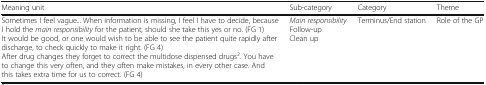
<table><thead><tr><td><b>Meaning unit</b></td><td><b>Sub-category</b></td><td><b>Category</b></td><td><b>Theme</b></td></tr></thead><tbody><tr><td>Sometimes I feel vague... When information is missing, I feel I have to decide, because I hold the <i>main responsibility</i> for the patient, should she take this yes or no. (FG 1)It would be good, or one would wish to be able to see the patient quite rapidly after discharge, to check quickly to make it right. (FG 4)After drug changes they forget to correct the multidose dispensed drugs<sup>2</sup>. You have to change this very often, and they often make mistakes, in every other case. And this takes extra time for us to correct. (FG 4)</td><td><i>Main responsibility</i>Follow-upClean up</td><td>Terminus/End station</td><td>Role of the GP</td></tr></tbody></table>